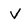
Character: v